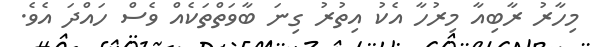
މިހާރު ރާބިއާ މިރުހާ އެކު އިތުރު ގިނަ ބާވަތްތަކެއް ވެސް ހައްދަ އެވެ.